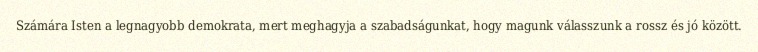
Számára Isten a legnagyobb demokrata, mert meghagyja a szabadságunkat, hogy magunk válasszunk a rossz és jó között.